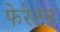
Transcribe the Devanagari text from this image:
फेरेटन